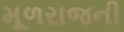
મૂળરાજની